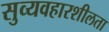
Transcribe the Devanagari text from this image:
सुव्यवहारशीलता